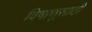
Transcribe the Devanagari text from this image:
विषाणूसाठी